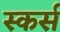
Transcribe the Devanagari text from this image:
स्कर्स